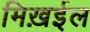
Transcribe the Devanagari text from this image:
मिख़ईल